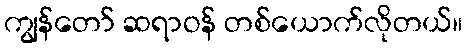
ကျွန်တော် ဆရာဝန် တစ်ယောက်လိုတယ်။